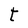
Character: t